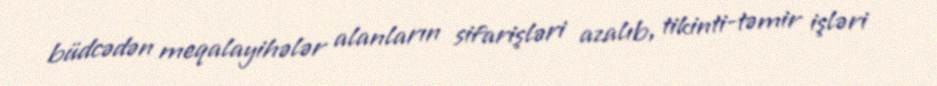
büdcədən meqalayihələr alanların sifarişləri azalıb, tikinti-təmir işləri